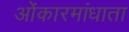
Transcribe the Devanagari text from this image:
ओंकारमांधाता